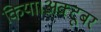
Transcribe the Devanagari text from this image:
किया।अक्टूबर